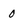
Character: 0